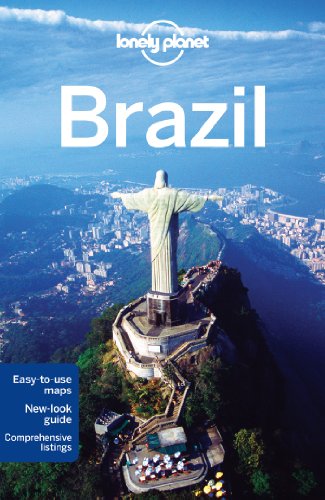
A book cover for Lonely Planet Brazil (Travel Guide); Lonely Planet; Travel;